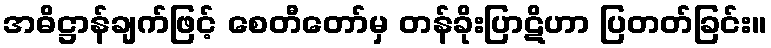
အဓိဋ္ဌာန်ချက်ဖြင့် စေတီတော်မှ တန်ခိုးပြာဋိဟာ ပြတတ်ခြင်း။